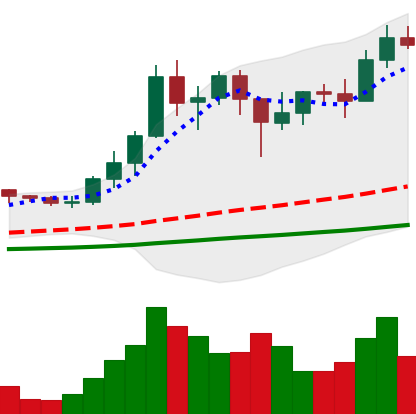
Ticker: ADA-USD
Chart end date: 2021-01-18
Forward return: -6.942%
Label: down_5_7